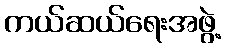
ကယ်ဆယ်ရေးအဖွဲ့